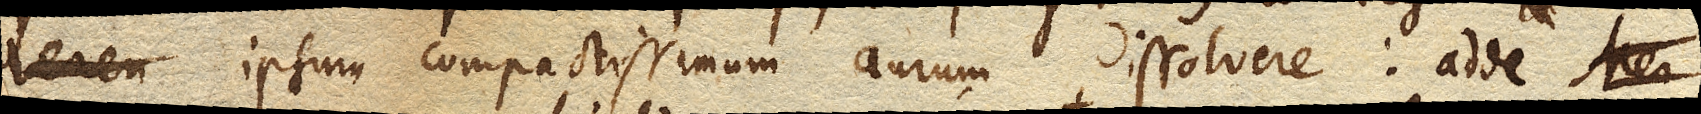
ipsum compactissimum aurum dissolvere: adde